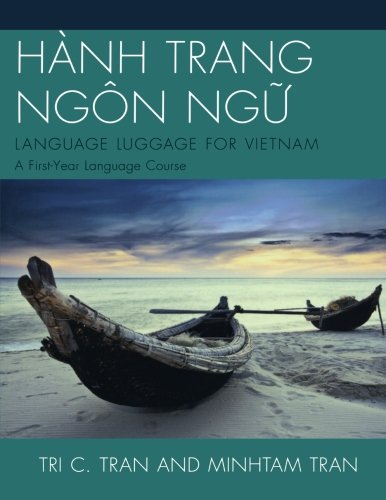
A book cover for HÃNH TRANG NGÃEN NG?: LANGUAGE LUGGAGE FOR VIETNAM: A First-Year Language Course; Tri C. Tran; Reference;